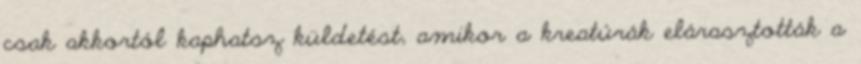
csak akkortól kaphatsz küldetést, amikor a kreatúrák elárasztották a